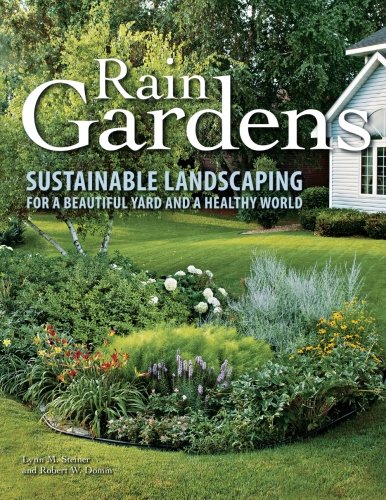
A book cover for Rain Gardens: Sustainable Landscaping for a Beautiful Yard and a Healthy World; Lynn M. Steiner; Crafts, Hobbies & Home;